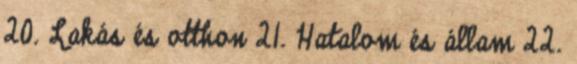
20. Lakás és otthon 21. Hatalom és állam 22.